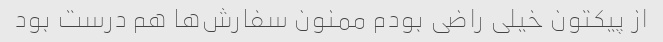
از پیکتون خیلی راضی بودم ممنون سفارش‌ها هم درست بود